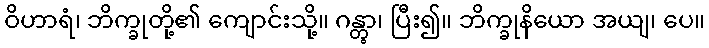
ဝိဟာရံ၊ ဘိက္ခုတို့၏ ကျောင်းသို့။ ဂန္တွာ၊ ပြီး၍။ ဘိက္ခုနိယော အယျ၊ ပေ။